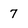
Character: 7